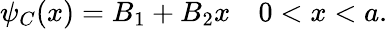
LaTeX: \psi_{C}(x)=B_{1}+B_{2}x\quad 0<x<a.